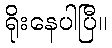
ရိုးနေပါပြီ။